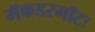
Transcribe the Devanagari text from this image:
मॅकडरमॉटः